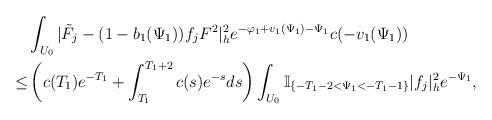
LaTeX: \begin{align*} & \int_{U_0}|\tilde{F}_j-(1-b_{1}(\Psi_1))f_jF^{2}|^2_he^{-\varphi_1+v_{1}(\Psi_1)-\Psi_1}c(-v_{1}(\Psi_1)) \\ \le & \left(c(T_1)e^{-T_1}+\int_{T_1}^{T_1+2}c(s)e^{-s}ds\right) \int_{U_0}\mathbb{I}_{\{-T_1-2<\Psi_1<-T_1-1\}}|f_j|^2_he^{-\Psi_1}, \end{align*}